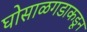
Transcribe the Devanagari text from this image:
घोसाळगडाकडून